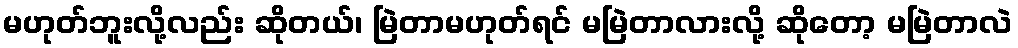
မဟုတ်ဘူးလို့လည်း ဆိုတယ်၊ မြဲတာမဟုတ်ရင် မမြဲတာလားလို့ ဆိုတော့ မမြဲတာလဲ